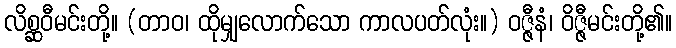
လိစ္ဆဝီမင်းတို့။ (တာဝ၊ ထိုမျှလောက်သော ကာလပတ်လုံး။) ဝဇ္ဇီနံ၊ ဝိဇ္ဇီမင်းတို့၏။